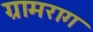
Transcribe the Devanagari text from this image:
ग्रामराग